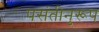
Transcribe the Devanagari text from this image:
पसंतीनुरूप